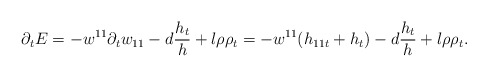
\begin{align*}\partial_{t}E=-w^{11}\partial_{t}w_{11}-d\frac{h_{t}}{h}+l\rho\rho_{t}=-w^{11}(h_{11t}+h_{t})-d\frac{h_{t}}{h}+l\rho\rho_{t}.\end{align*}